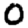
Digit: 0